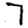
Digit: 7